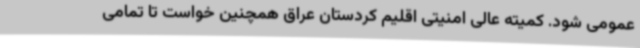
عمومی شود. کمیته عالی امنیتی اقلیم کردستان عراق همچنین خواست تا تمامی